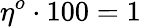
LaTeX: \eta^{o}\cdot 100=1\